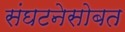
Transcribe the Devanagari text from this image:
संघटनेसोबत